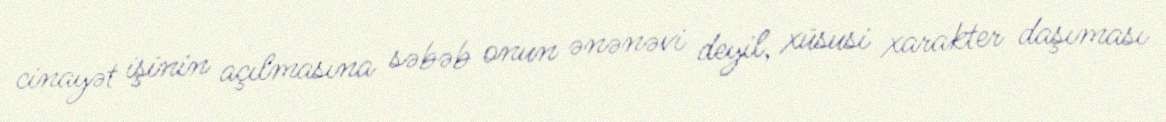
cinayət işinin açılmasına səbəb onun ənənəvi deyil, xüsusi xarakter daşıması